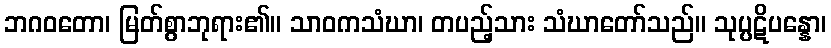
ဘဂဝတော၊ မြတ်စွာဘုရား၏။ သာဝကသံဃာ၊ တပည့်သား သံဃာတော်သည်။ သုပ္ပဋိပန္နော၊